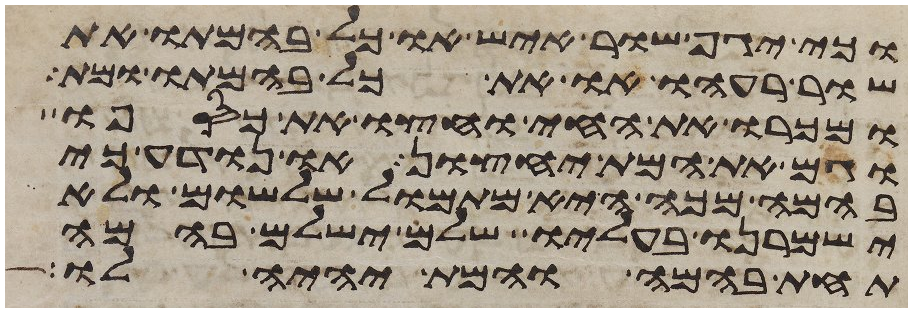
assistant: וכי יגף שור איש או כל בהמתו את
שור רעהו או את כל בהמתו ומת
ומכרו את החי וחצו את כספו
וגם את המת יחצון או נודע כי
בהמה מכה היא מתמול שלשום ולא
ישמרנו בעליו שלם ישלם בהמה
תחת בהמה והמת יהיה לו